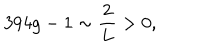
LaTeX: 3 9 4 g - 1 \sim \frac { 2 } { L } > 0 ,